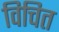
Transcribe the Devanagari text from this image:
विचित